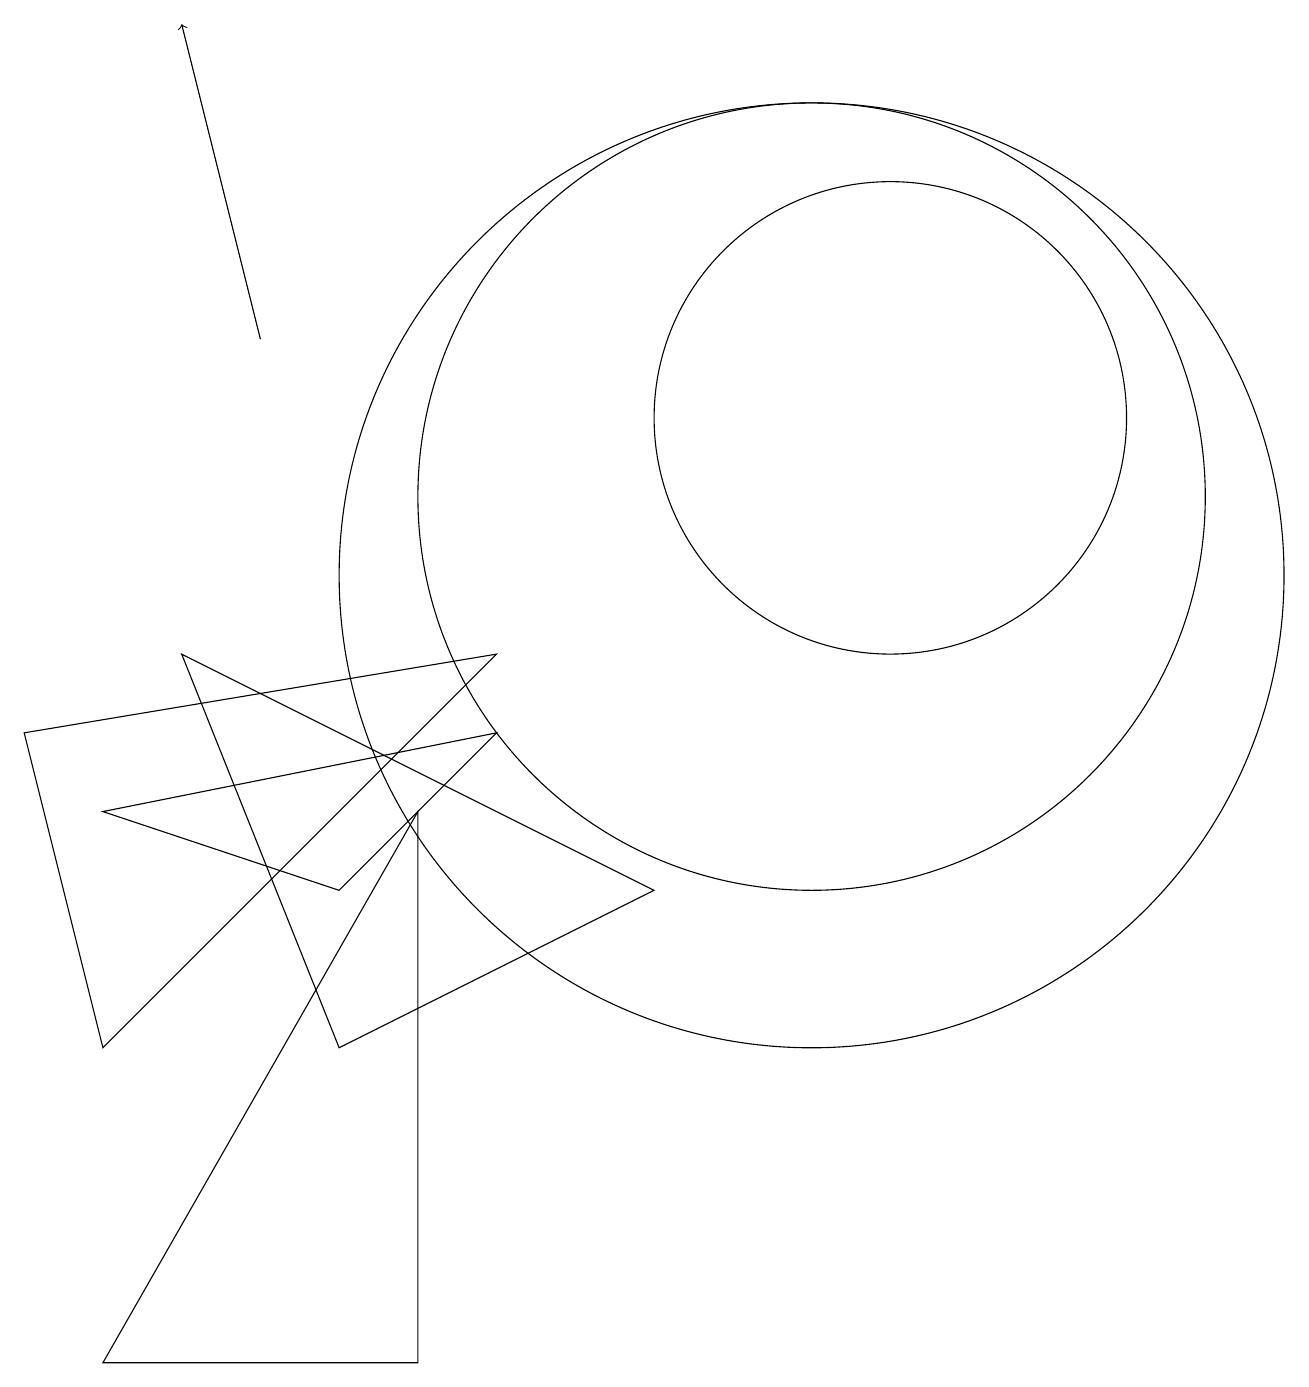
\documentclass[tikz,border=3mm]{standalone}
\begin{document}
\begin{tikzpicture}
\draw (11,11) circle (5);
\draw[->] (4,13) -- (3,17);
\draw (11,10) circle (6);
\draw (2,7) -- (7,8) -- (5,6) -- cycle;
\draw (6,7) -- (2,0) -- (6,0) -- cycle;
\draw (12,12) circle (3);
\draw (9,6) -- (3,9) -- (5,4) -- cycle;
\draw (2,4) -- (7,9) -- (1,8) -- cycle;
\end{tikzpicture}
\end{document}